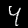
Digit: 4